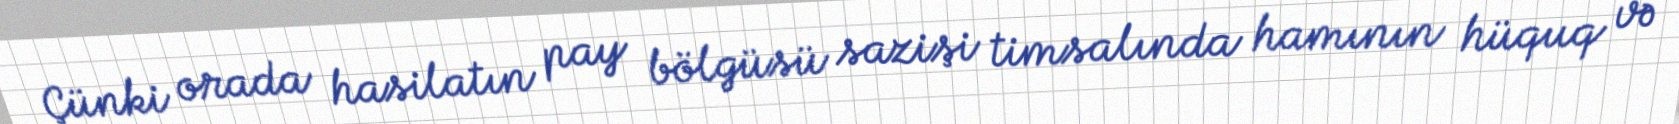
Çünki orada hasilatın pay bölgüsü sazişi timsalında hamının hüquq və